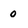
Character: O